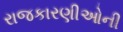
રાજકારણીઓની